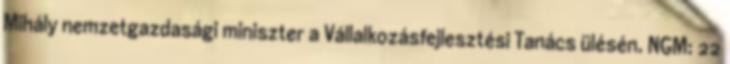
Mihály nemzetgazdasági miniszter a Vállalkozásfejlesztési Tanács ülésén. NGM: 22